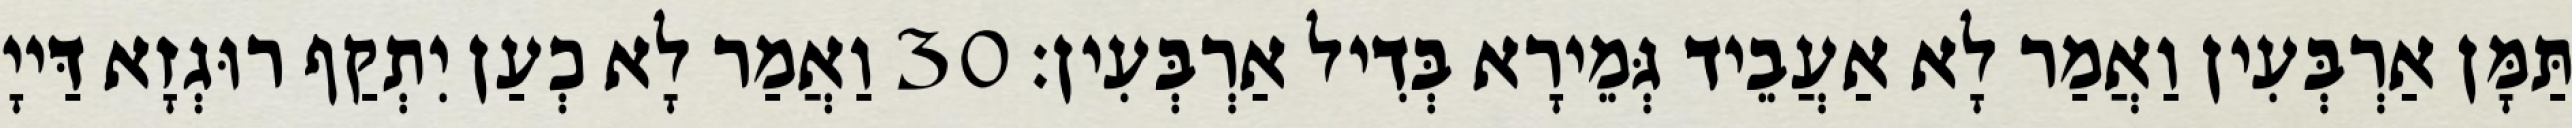
תַּמָּן אַרְבְּעִין וַאֲמַר לָא אַעֲבֵיד גְּמֵירָא בְּדִיל אַרְבְּעִין׃ 30 וַאֲמַר לָא כְעַן יִתְקַף רוּגְזָא דַּייָ